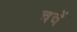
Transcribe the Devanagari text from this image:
चचें